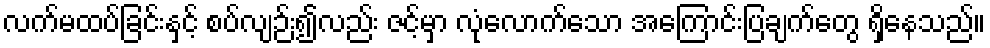
လက်မထပ်ခြင်းနှင့် စပ်လျဉ်း၍လည်း ဇင့်မှာ လုံလောက်သော အကြောင်းပြချက်တွေ ရှိနေသည်။